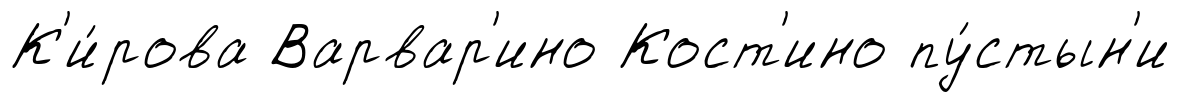
К'и́рова Варвар'ино Кост'ино пу́стын'и